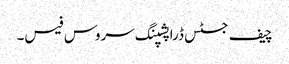
چیف جسٹس ڈراپشپنگ سروس فیس۔